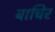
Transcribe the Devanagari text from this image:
बाचिर